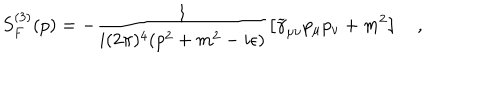
S _ { F } ^ { ( 3 ) } ( p ) = - \frac { 1 } { i ( 2 \pi ) ^ { 4 } ( p ^ { 2 } + m ^ { 2 } - i \epsilon ) } \left[ \widetilde \gamma _ { \mu \nu } p _ { \mu } p _ { \nu } + m ^ { 2 } \right] \quad ,